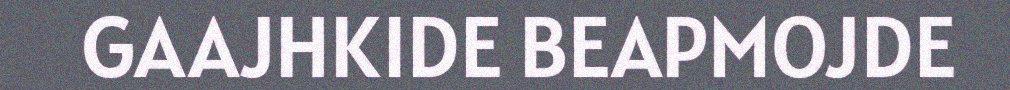
GAAJHKIDE BEAPMOJDE